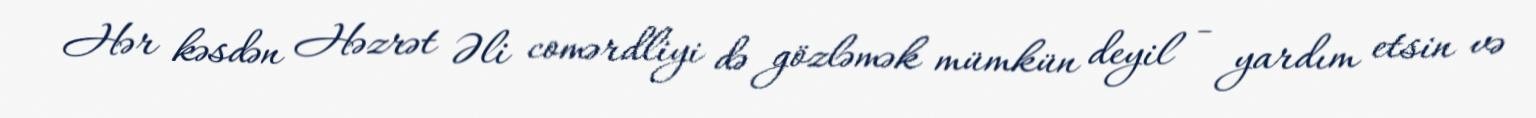
Hər kəsdən Həzrət Əli comərdliyi də gözləmək mümkün deyil - yardım etsin və